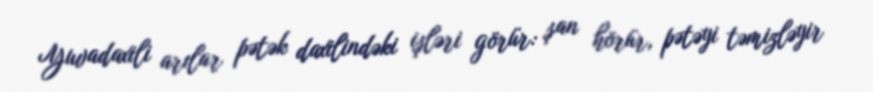
Yuvadaxili arılar pətək daxilindəki işləri görür: şan hörür, pətəyi təmizləyir